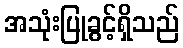
အသုံးပြုခွင့်ရှိသည်